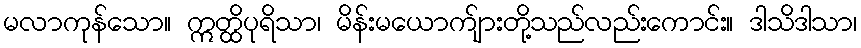
မလာကုန်သော။ ဣတ္ထိပုရိသာ၊ မိန်းမယောက်ျားတို့သည်လည်းကောင်း။ ဒါသိဒါသာ၊